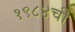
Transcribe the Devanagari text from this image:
१९८४ची